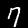
Label: 7